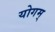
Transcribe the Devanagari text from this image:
योगम्